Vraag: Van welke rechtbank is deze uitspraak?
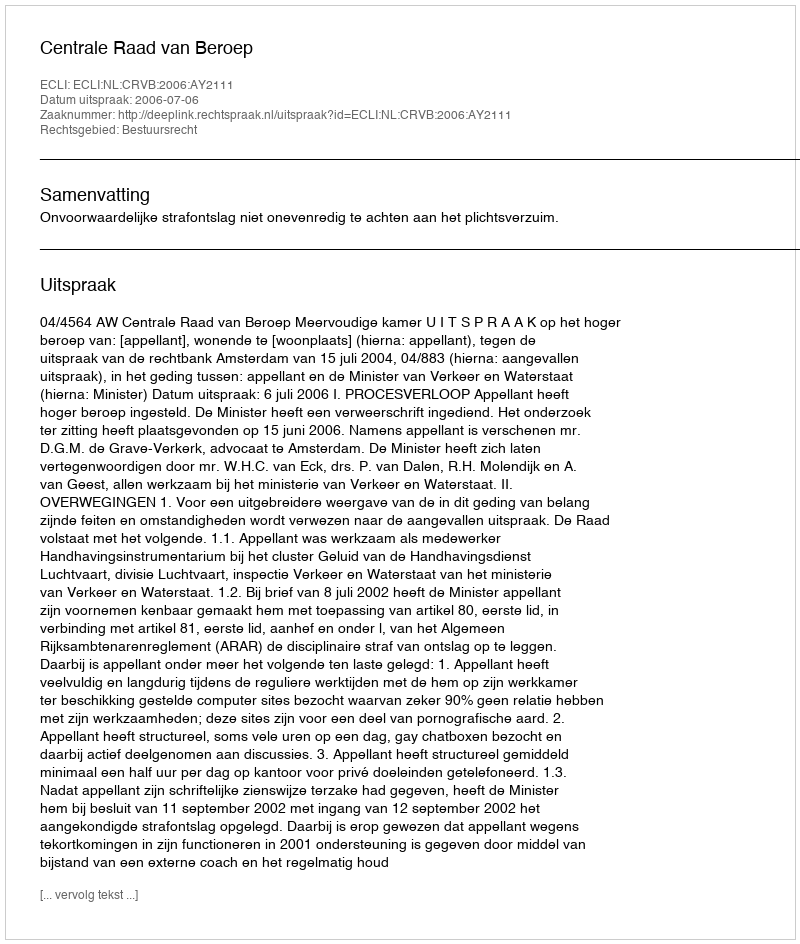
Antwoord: Centrale Raad van Beroep